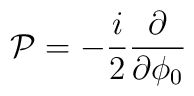
{\cal P}=-{i\over 2}{\partial\over\partial\phi_0}